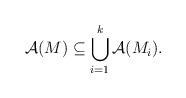
LaTeX: \begin{align*}\mathcal{A}(M) \subseteq \bigcup_{i=1}^k \mathcal{A}(M_i).\end{align*}